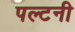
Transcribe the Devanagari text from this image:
पल्टनी